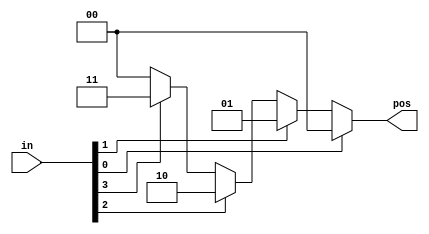

// synthesis verilog_input_version verilog_2001
module top_module (
    input [3:0] in,
    output reg [1:0] pos  );
    always @(*) begin
        pos = (in[0]&1)?2'd0:(in[1]&1)?2'd1:(in[2]&1)?2'd2:(in[3]&1)?2'd3:2'd0;
    end
endmodule